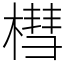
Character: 槥